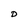
Character: D